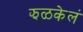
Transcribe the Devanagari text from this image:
झळकेलं